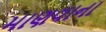
માણવાના